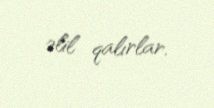
əlil qalırlar.